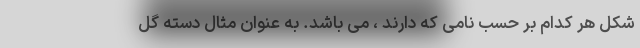
شکل هر کدام بر حسب نامی که دارند ، می باشد. به عنوان مثال دسته گل